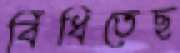
বিঁধিতেছ